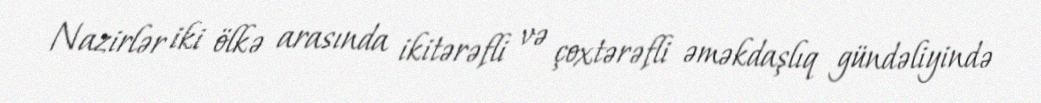
Nazirlər iki ölkə arasında ikitərəfli və çoxtərəfli əməkdaşlıq gündəliyində